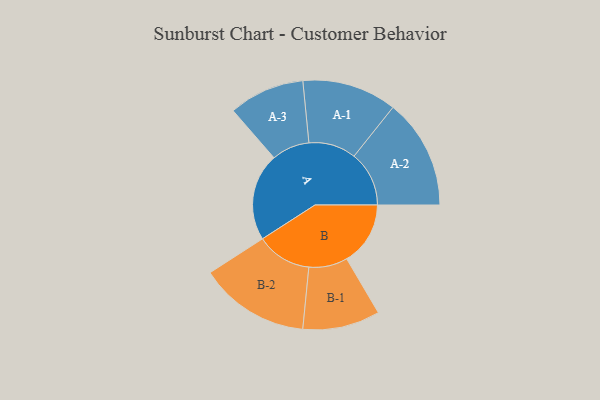
{"axis": {"x": "Segment", "y": "Value"}, "legend": ["", "A", "B"], "data": [{"x": "A", "y": 444, "type": ""}, {"x": "B", "y": 323, "type": ""}, {"x": "A-1", "y": 240, "type": "A"}, {"x": "A-2", "y": 279, "type": "A"}, {"x": "A-3", "y": 192, "type": "A"}, {"x": "B-1", "y": 196, "type": "B"}, {"x": "B-2", "y": 280, "type": "B"}]}